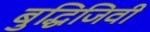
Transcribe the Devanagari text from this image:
बुद्धिजिवी